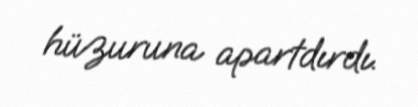
hüzuruna apartdırdı.